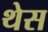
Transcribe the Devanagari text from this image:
थेस